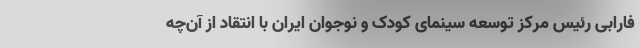
فارابی رئیس مرکز توسعه سینمای کودک و نوجوان ایران با انتقاد از آن‌چه